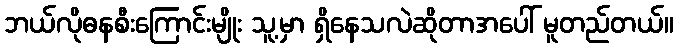
ဘယ်လိုဓနစီးကြောင်းမျိုး သူ့မှာ ရှိနေသလဲဆိုတာအပေါ် မူတည်တယ်။